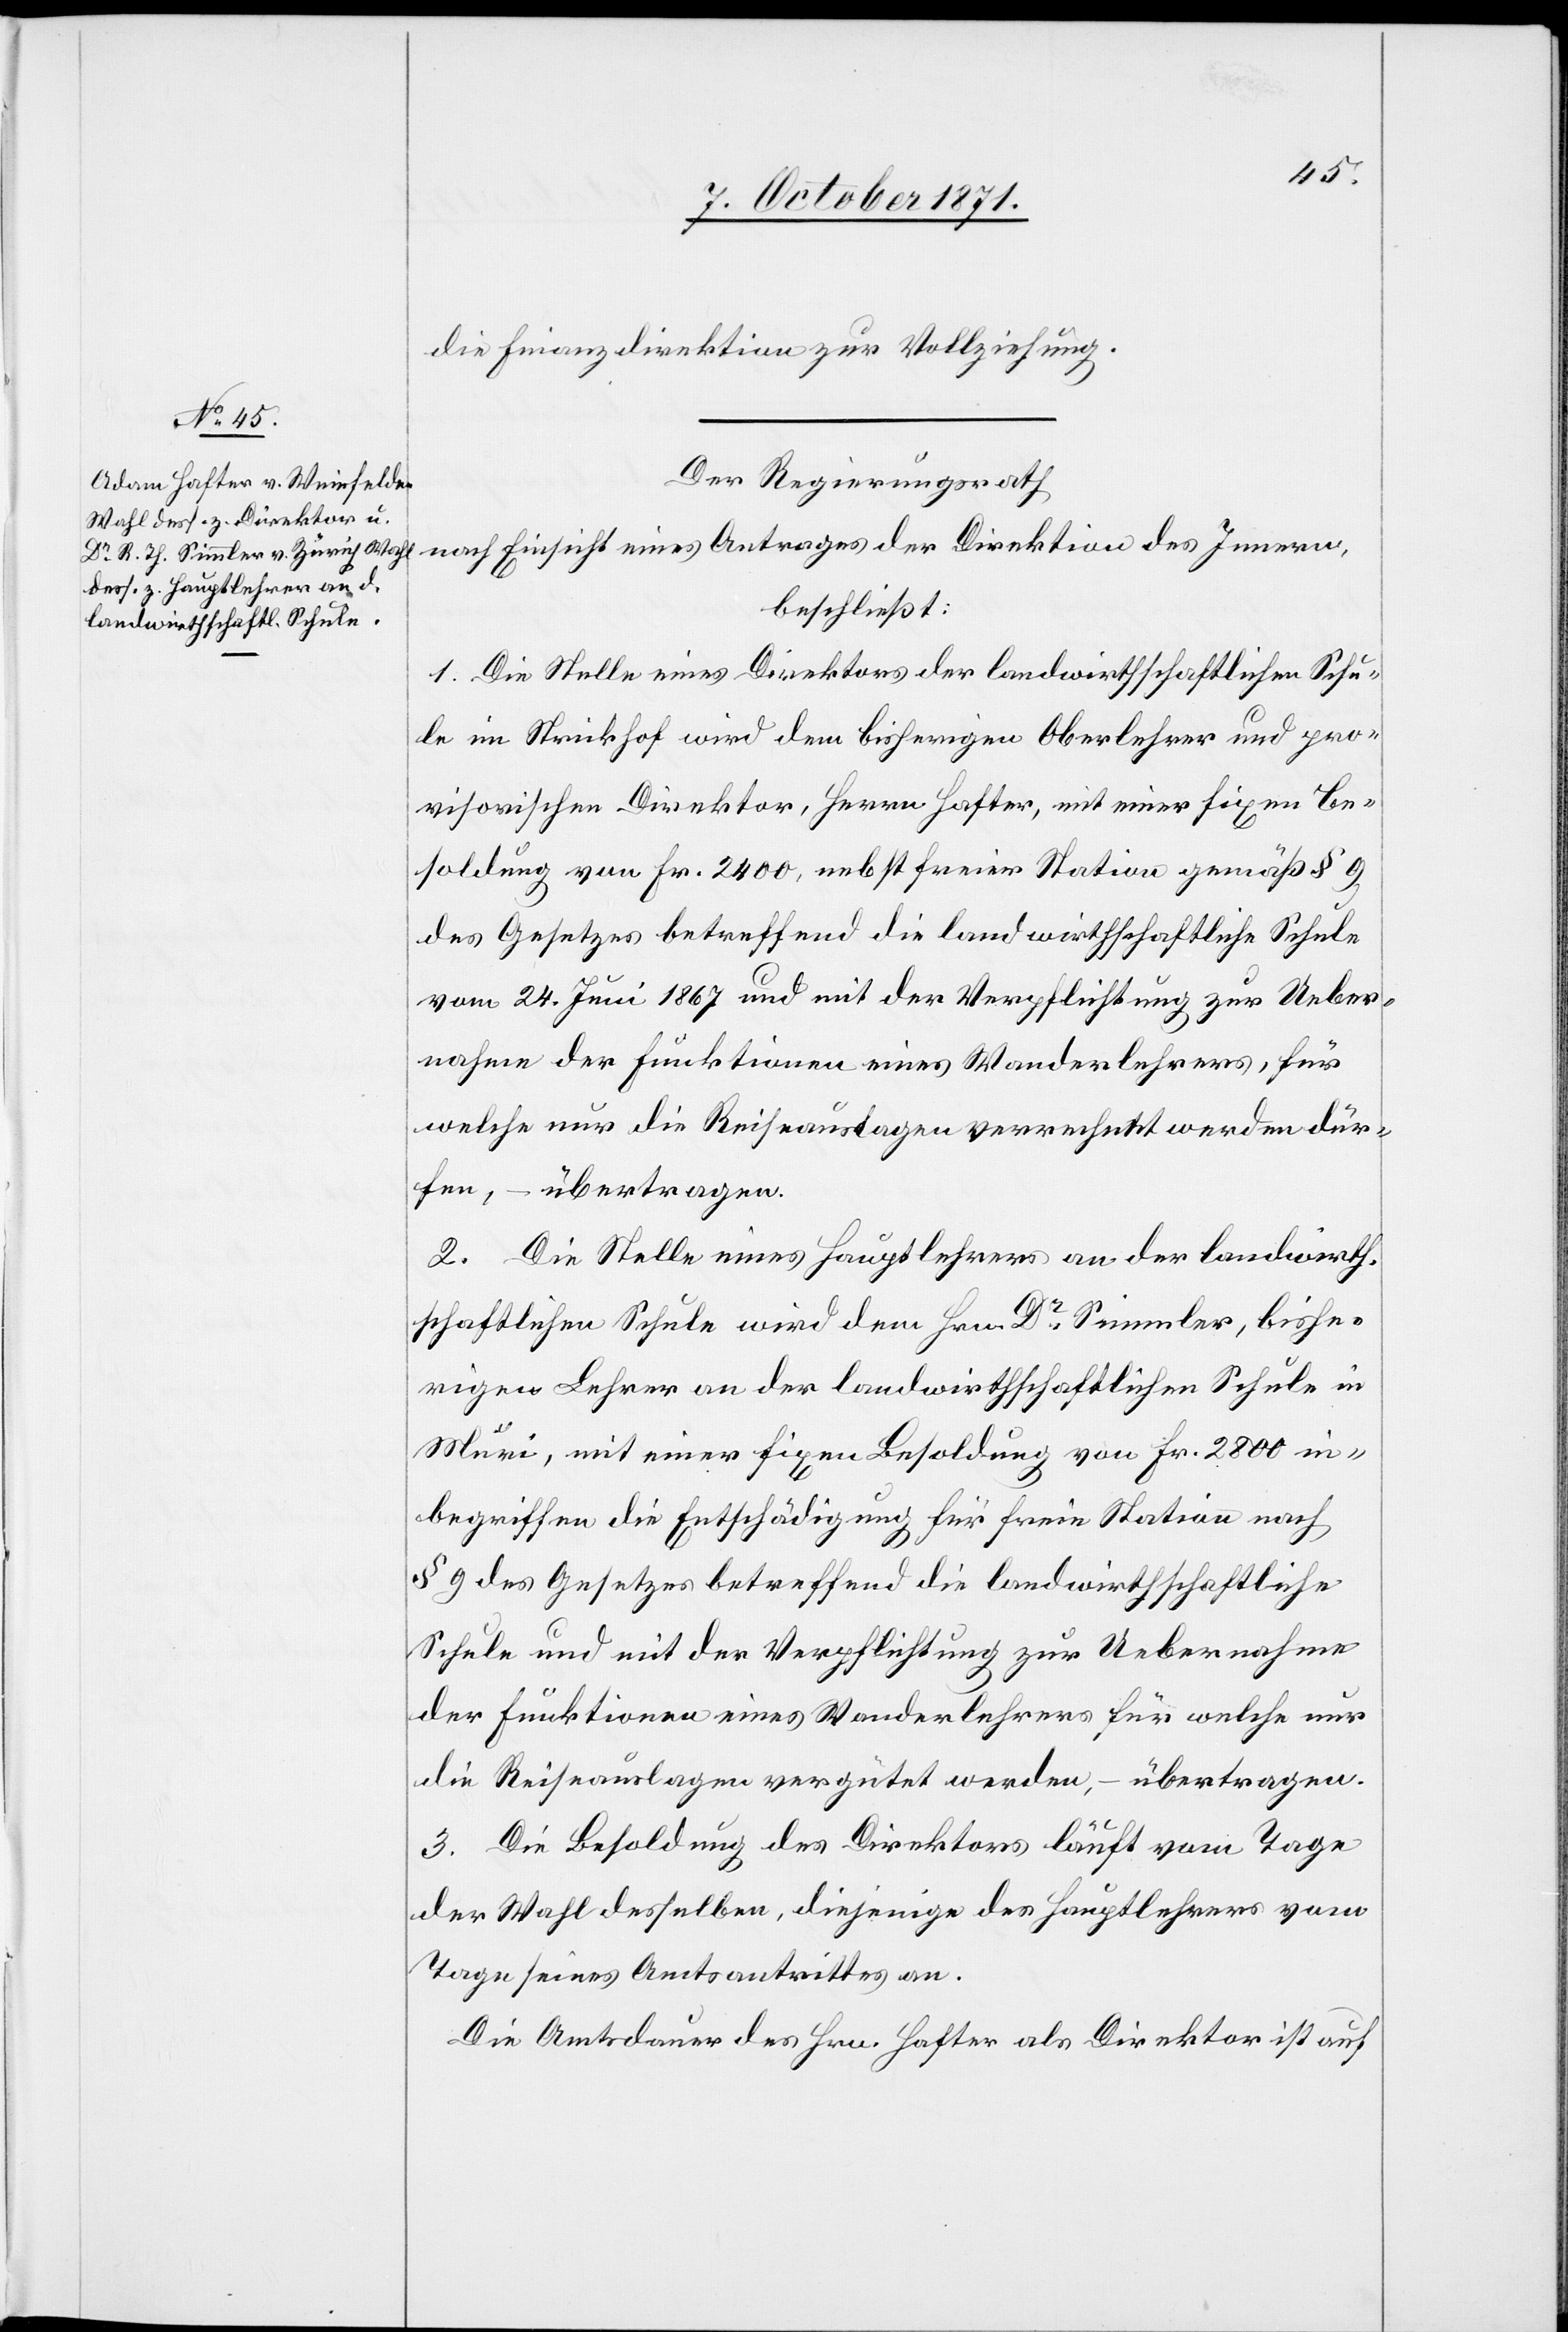
die Finanzdirektion zur Vollziehung.
Der Regierungsrath
nach Einsicht eines Antrages der Direktion des Innern,
beschließt:
1. Die Stelle eines Direktors der landwirthschaftlichen Schu¬
le im Strickhof wird dem bisherigen Oberlehrer und pro¬
visorischen Direktor, Herrn Hafter, mit einer fixen Be¬
soldung von Fr. 2400, nebst freier Station gemäß § 9
des Gesetzes betreffend die landwirthschaftliche Schule
vom 24. Juni 1867 und mit der Verpflichtung zur Ueber¬
nahme der Funcktionen eines Wanderlehrers, für
welche nur die Reiseauslagen verrechnet werden dür¬
fen, – übertragen.
2. Die Stelle eines Hauptlehrers an der landwirth¬
schaftlichen Schule wird dem Hrn. Dr Simmler, bishe¬
riger Lehrer an der landwirthschaftlichen Schule in
Muri, mit einer fixen Besoldung von Fr. 2800 in¬
begriffen die Entschädigung für freie Station nach
§ 9 des Gesetzes betreffend die landwirthschaftliche
Schule und mit der Verpflichtung zur Uebernahme
der Funcktionen eines Wanderlehrers für welche nur
die Reiseauslagen vergütet werden, – übertragen.
3. Die Besoldung des Direktors läuft vom Tage
der Wahl desselben, diejenige des Hauptlehrers vom
Tage seines Amtsantrittes an.
Die Amtsdauer des Hrn. Hafter als Direktor ist auf